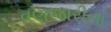
વણજારીના